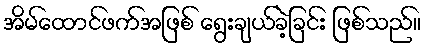
အိမ်ထောင်ဖက်အဖြစ် ရွေးချယ်ခဲ့ခြင်း ဖြစ်သည်။